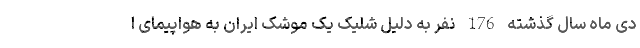
دی ماه سال گذشته 176 نفر به دلیل شلیک یک موشک ایران به هواپیمای ا